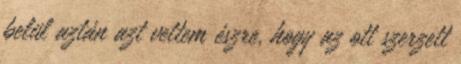
belül aztán azt vettem észre, hogy az ott szerzett